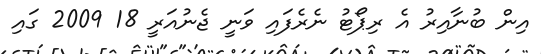
އިން ބުނާއިރު އެ ރިޕޯޓު ނެރެފައި ވަނީ ޖެނުއަރީ 18 2009 ގައި